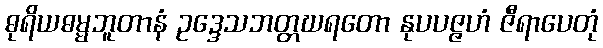
ဓုရိယဓမ္မဘူတာနံ ဥဒ္ဒေသဘတ္တဃရတော နုပပဇ္ဇဟံ ဇီရာပေတုံ